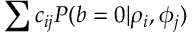
\sum c _ { i j } P ( b = 0 | \rho _ { i } , \phi _ { j } )